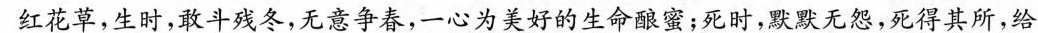
红花草，生时，敢斗残冬，无意争春，一心为美好的生命酿蜜；死时，默默无怨，死得其所，给